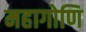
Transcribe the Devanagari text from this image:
महागोणि